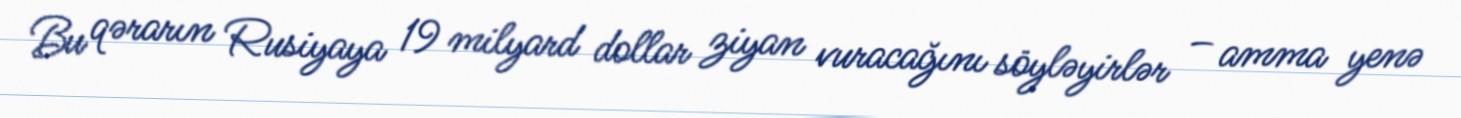
Bu qərarın Rusiyaya 19 milyard dollar ziyan vuracağını söyləyirlər – amma yenə